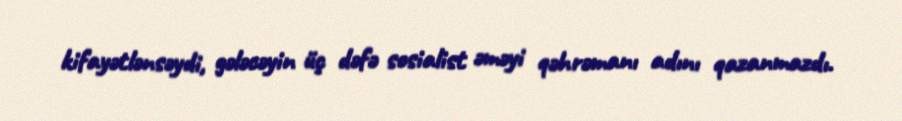
kifayətlənsəydi, gələcəyin üç dəfə sosialist əməyi qəhrəmanı adını qazanmazdı.